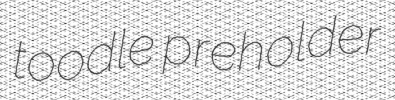
toodle preholder